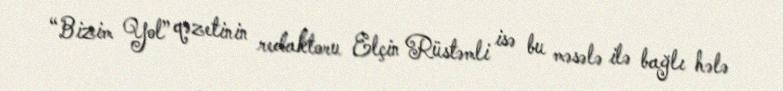
“Bizim Yol” qəzetinin redaktoru Elçin Rüstəmli isə bu məsələ ilə bağlı hələ